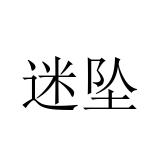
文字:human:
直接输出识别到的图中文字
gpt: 迷坠